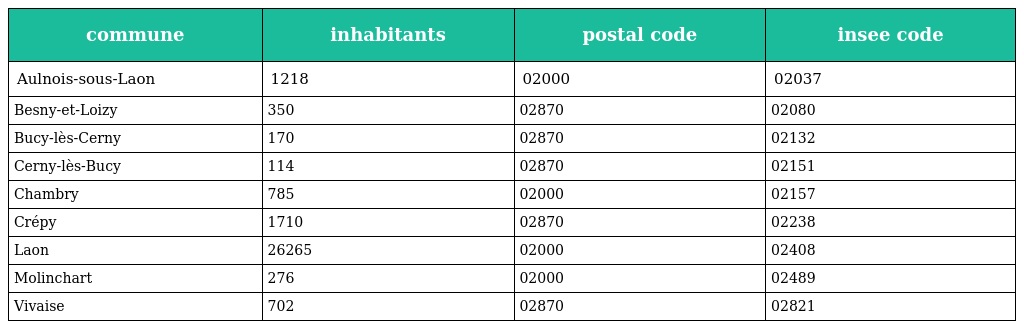
| commune | inhabitants | postal code | insee code |
 | --- | --- | --- | --- |
 | Aulnois-sous-Laon | 1218 | 02000 | 02037 |
 | Besny-et-Loizy | 350 | 02870 | 02080 |
 | Bucy-lès-Cerny | 170 | 02870 | 02132 |
 | Cerny-lès-Bucy | 114 | 02870 | 02151 |
 | Chambry | 785 | 02000 | 02157 |
 | Crépy | 1710 | 02870 | 02238 |
 | Laon | 26265 | 02000 | 02408 |
 | Molinchart | 276 | 02000 | 02489 |
 | Vivaise | 702 | 02870 | 02821 |